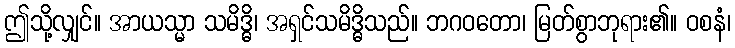
ဤသို့လျှင်။ အာယသ္မာ သမိဒ္ဓိ၊ အရှင်သမိဒ္ဓိသည်။ ဘဂဝတော၊ မြတ်စွာဘုရား၏။ ဝစနံ၊